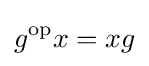
g^{\mathrm {op} }x=xg